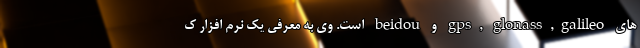
های gps, glonass,galileo و beidou است. وی به معرفی یک نرم افزار ک